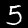
Label: 5